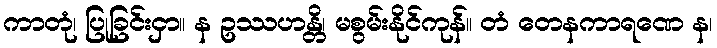
ကာတုံ၊ ပြုခြင်းငှာ။ န ဥဿဟန္တိ၊ မစွမ်းနိုင်ကုန်။ တံ တေနကာရဏေ န၊